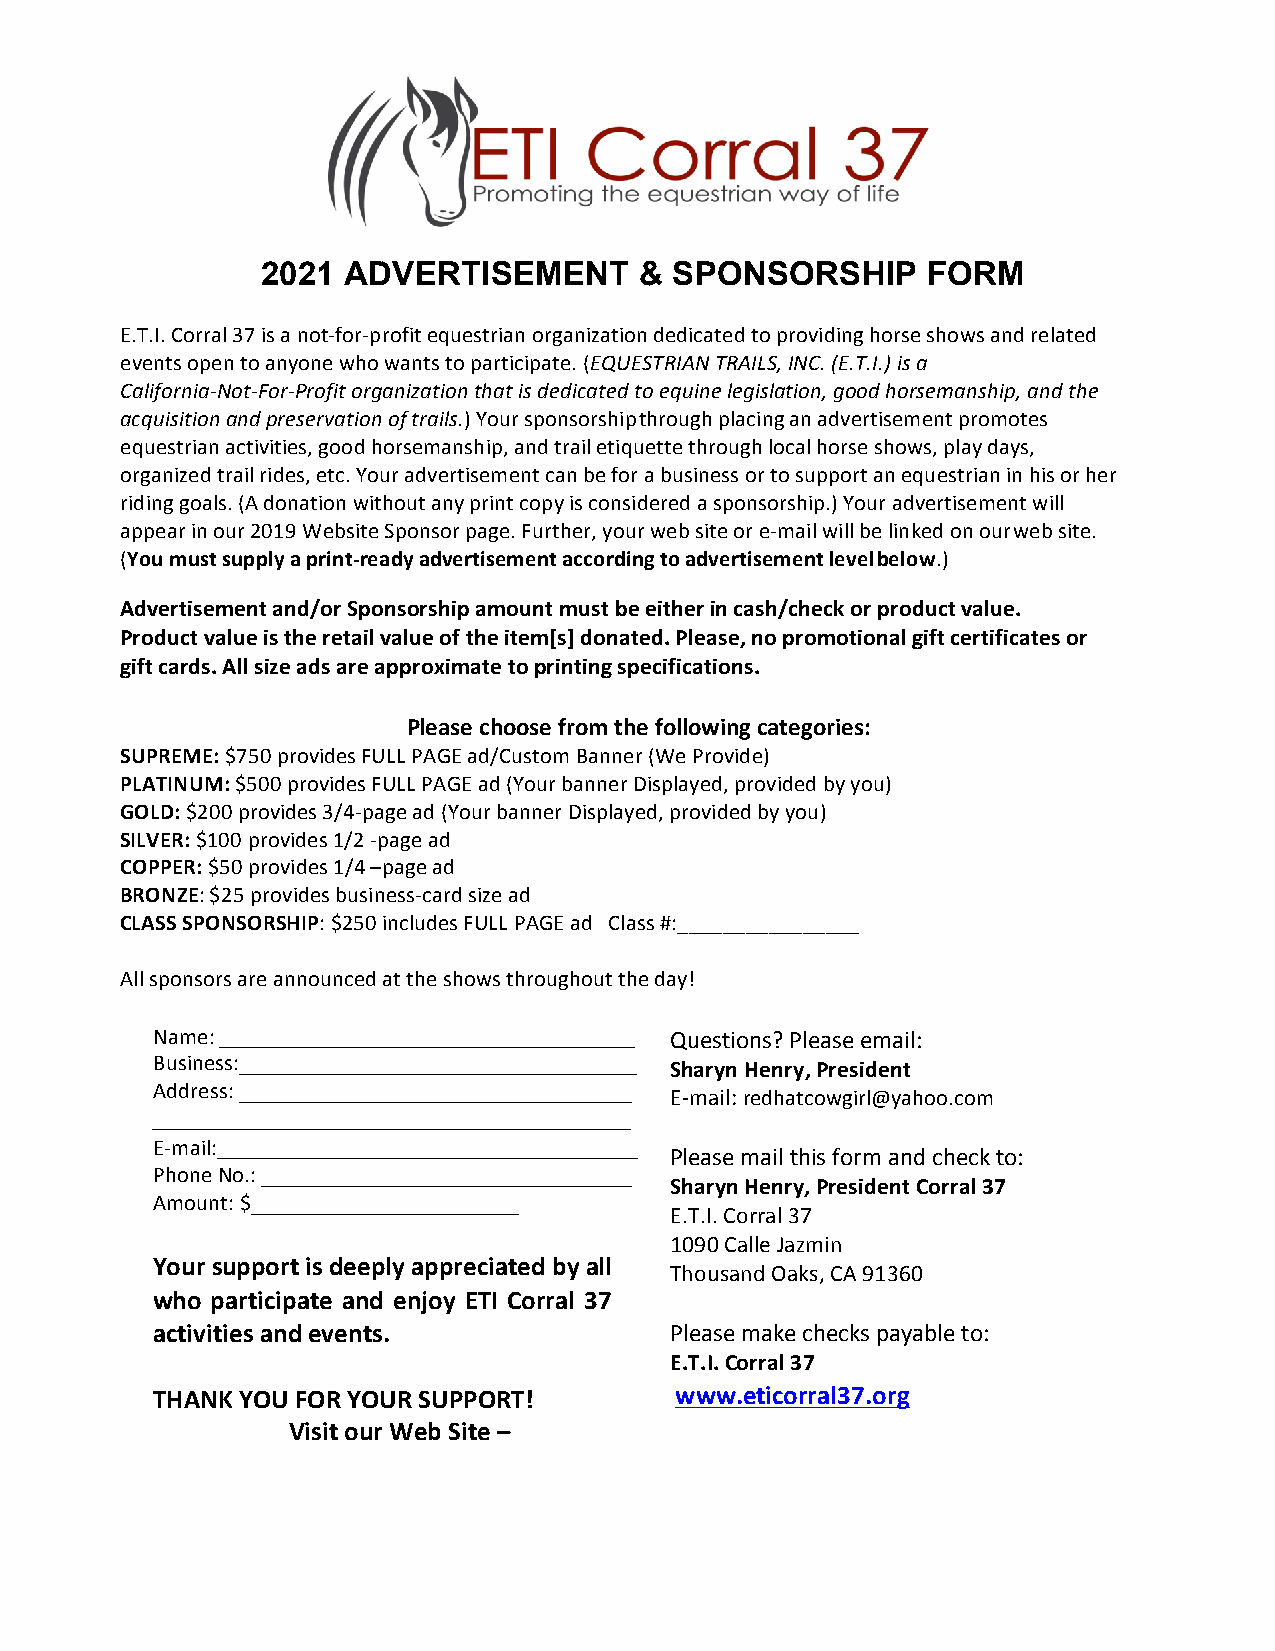
2021  ADVERTISEMENT      & SPONSORSHIP      FORM
 E.T.I. Corral 37 is a not-for-profit equestrian organization dedicated to providing horse shows and related
 events open to anyone who wants to participate. (EQUESTRIAN TRAILS, INC. (E.T.I.) is a
 California-Not-For-Profit organization that is dedicated to equine legislation, good horsemanship, and the
 acquisition and preservation of trails.) Your sponsorship through placing an advertisement promotes
 equestrian activities, good horsemanship, and trail etiquette through local horse shows, play days,
 organized trail rides, etc. Your advertisement can be for a business or to support an equestrian in his or her
 riding goals. (A donation without any print copy is considered a sponsorship.) Your advertisement will
 appear in our 2019 Website Sponsor page. Further, your web site or e-mail will be linked on our web site.
 (You must supply a print-ready advertisement according to advertisement level below.)
 Advertisement and/or Sponsorship amount must be either in cash/check or product value.
 Product value is the retail value of the item[s] donated. Please, no promotional gift certificates or
 gift cards. All size ads are approximate to printing specifications.
 Please choose from the following categories:
 SUPREME: $750 provides FULL PAGE ad/Custom Banner (We Provide)
 PLATINUM: $500 provides FULL PAGE ad (Your banner Displayed, provided by you)
 GOLD: $200 provides 3/4-page ad (Your banner Displayed, provided by you)
 SILVER: $100 provides 1/2 -page ad
 COPPER: $50 provides 1/4 –page ad
 BRONZE: $25 provides business-card size ad
 CLASS SPONSORSHIP: $250 includes FULL PAGE ad Class #:________________
 All sponsors are announced at the shows throughout the day!
 Name:                             Questions? Please email:
 Business:                         Sharyn Henry, President
 Address:                          E-mail: redhatcowgirl@yahoo.com
 E-mail:
 Please mail this form and check to:
 Phone No.:
 Sharyn Henry, President Corral 37
 Amount: $
 E.T.I. Corral 37
 1090 Calle Jazmin
 Your support is deeply appreciated by all
 Thousand Oaks, CA 91360
 who participate and enjoy ETI Corral 37
 activities and events.            Please make checks payable to:
 E.T.I. Corral 37
 THANK YOU FOR YOUR SUPPORT!        www.eticorral37.org
 Visit our Web Site –